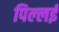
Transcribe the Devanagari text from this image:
पिल्‍लई